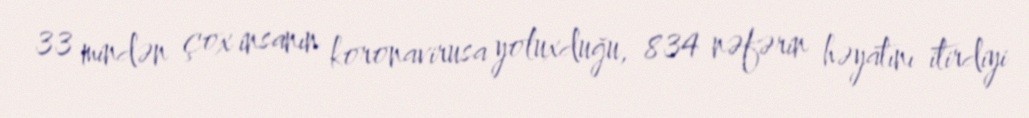
33 mindən çox insanın koronavirusa yoluxduğu, 834 nəfərin həyatını itirdiyi